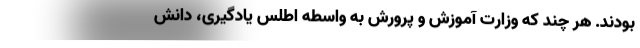
بودند. هر چند که وزارت آموزش و پرورش به واسطه اطلس یادگیری، دانش